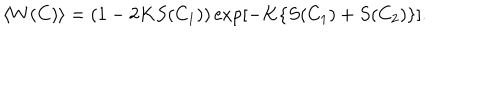
\langle W ( C ) \rangle = ( 1 - 2 K S ( C _ { 1 } ) ) \exp \left[ - K \{ S ( C _ { 1 } ) + S ( C _ { 2 } ) \} \right] .